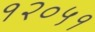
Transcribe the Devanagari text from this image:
१२०५१